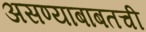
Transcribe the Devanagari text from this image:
असण्याबाबतची